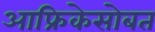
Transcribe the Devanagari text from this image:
आफ्रिकेसोबत